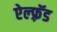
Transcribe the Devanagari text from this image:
ऐल्फ़्रॅड